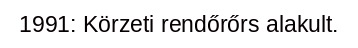
1991: Körzeti rendőrőrs alakult.